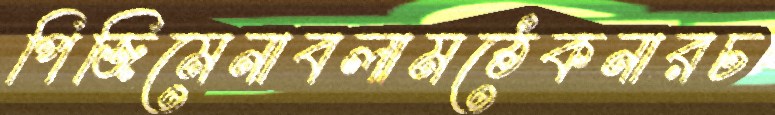
পিজিমেনাবলামঠেকনারচ